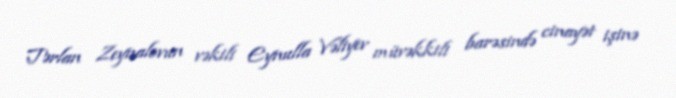
Tərlan Zeynalovun vəkili Eynulla Vəliyev müvəkkili barəsində cinayət işinə